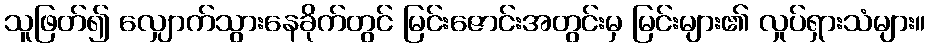
သူဖြတ်၍ လျှောက်သွားနေခိုက်တွင် မြင်းဇောင်းအတွင်းမှ မြင်းများ၏ လှုပ်ရှားသံများ။